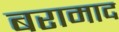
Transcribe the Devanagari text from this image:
बरामाद